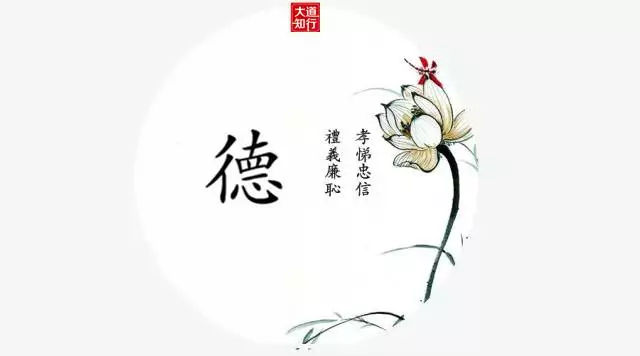
为政以德，譬如北辰，居其所，而众星共之。